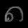
Digit: ၈